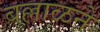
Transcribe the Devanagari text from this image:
बल्लाळने